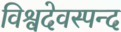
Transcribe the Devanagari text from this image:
विश्वदेवस्पन्द